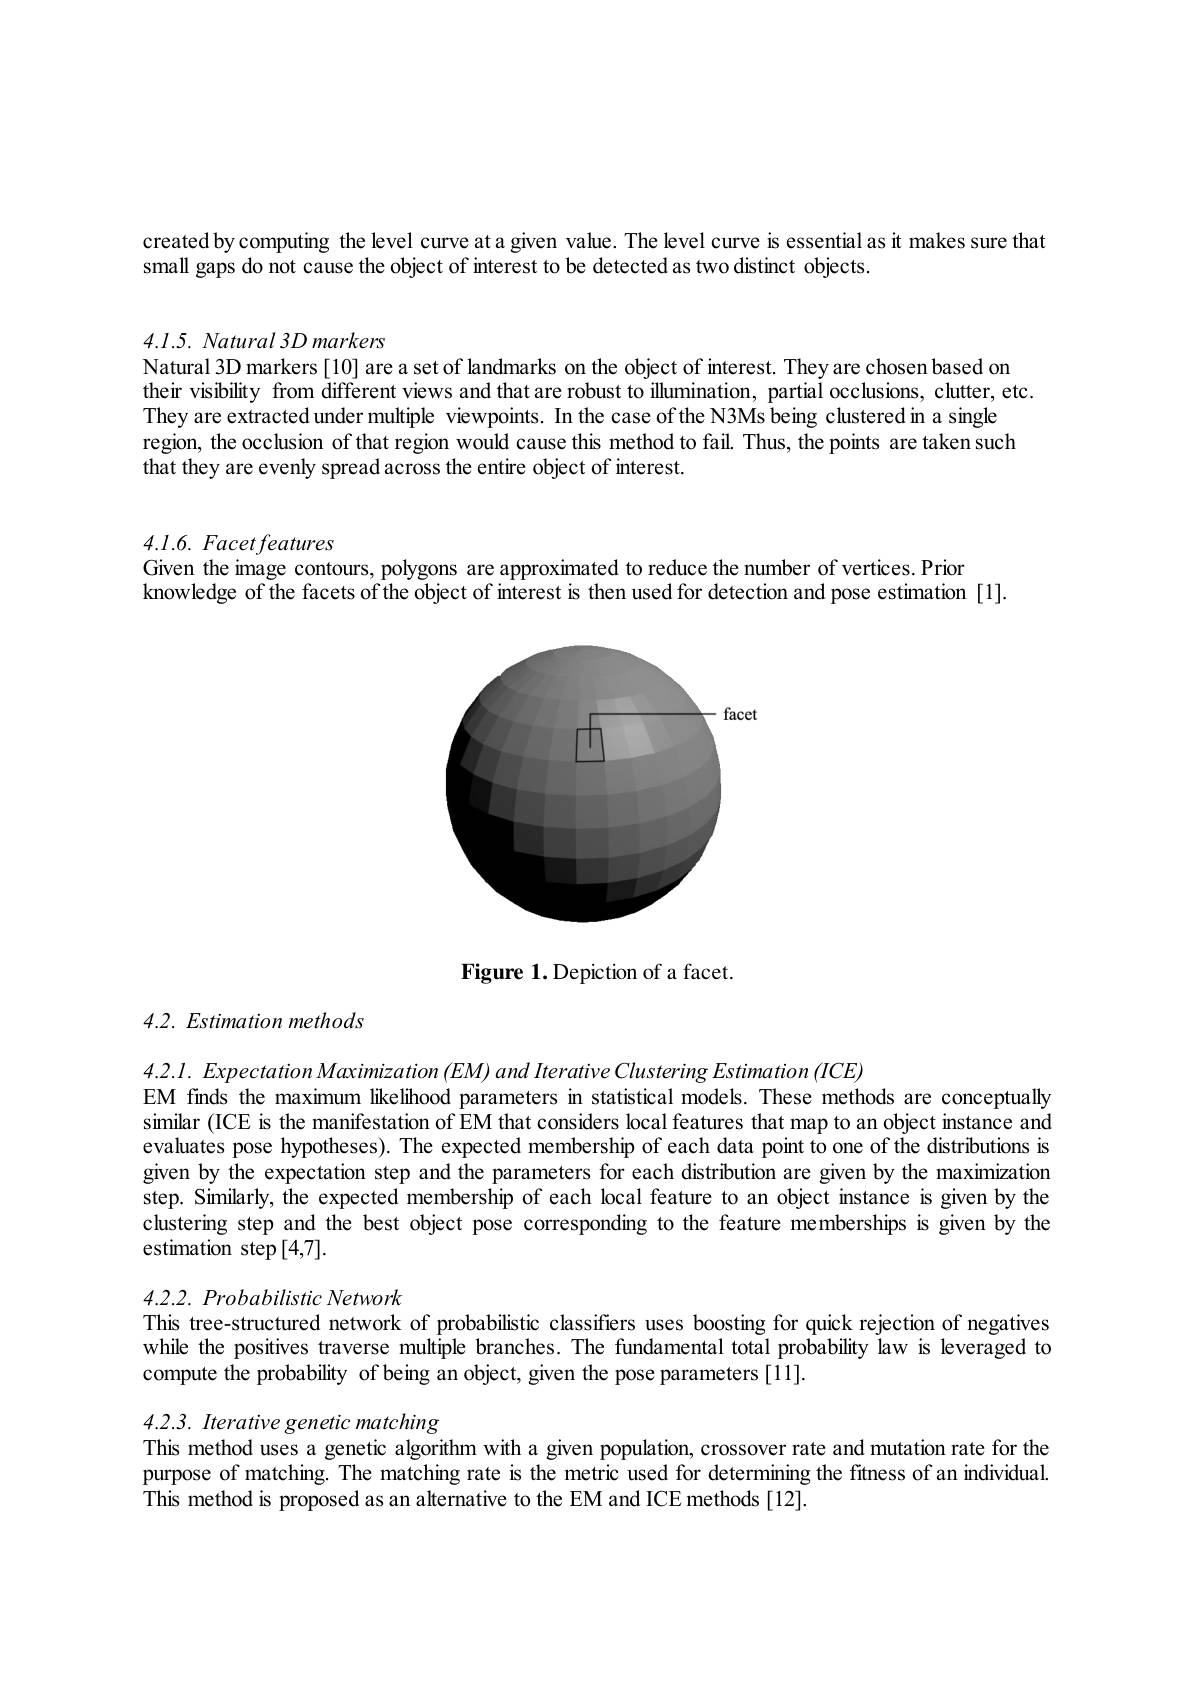
created by computing the level curve ata given vahue. The level curve is essential as it makes sure that
small gaps do not cause the object of interest to be detected as two distinct objects

$4. 1. 5. \textit{ Natural 3D markers}$

Natural 3D markers [10] are a set of landmarks on the object of interest. They are chosen based on
their visibility from different views and that are robust to illumination, partial occlusions, clutter, etc.
They are extracted under multiple viewpoints. In the case of the N3Ms being clustered in a single
region, the occlusion of that region would cause this method to fail. Thus, the points are taken such
that they are evenly spread across the entire object of interest.

4.1.6. Facet features
Given the image contours, polygons are approximated to reduce the number of vertices. Prior
knowledge of the facets of the object of interest is then used for detection and pose estimation [1].

<FigureHere>

Figure 1. Depiction of a facet

## 4.2. Estimation methods

$4.2.1.ExpectationMaximization\left(EM\right)andIterativeClusteringEstimation\left(ICE\right)$
EM finds the maximum likelihood parameters in statistical models. These methods are conceptually similar (ICE is the manifestation of EM that considers local features that map to an object instance and evaluates pose hypotheses). The expected membership of each data point to one of the distributions is given by the expectation step and the parameters for each distribution are given by the maximization step. Similarly, the expected membership of each local feature to an object instance is given by the clustering step and the best object pose corresponding to the feature memberships is given by the estimation step[4,7].

$4.2.2.~Probabilistic~Network$

This tree-structured network of probabilistic classifiers uses boosting for quick rejection of negatives while the positives traverse multiple branches. The fundamental total probability law is leveraged to compute the probability of being an object, given the pose parameters [11].

4.2.3. Iterative genetic matching
This method uses a genetic algorithm with a given population, crossover rate and mutation rate for the purpose of matching. The matching rate is the metric used for determining the fitness of an individual. This method is proposed as an alternative to the EM and ICE methods [12].